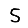
Digit: 5